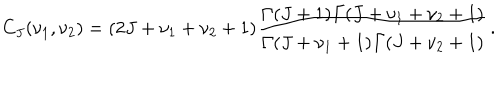
LaTeX: C _ { J } ( \nu _ { 1 } , \nu _ { 2 } ) = ( 2 J + \nu _ { 1 } + \nu _ { 2 } + 1 ) \frac { { \mit \Gamma } ( J + 1 ) { \mit \Gamma } ( J + \nu _ { 1 } + \nu _ { 2 } + 1 ) } { { \mit \Gamma } ( J + \nu _ { 1 } + 1 ) { \mit \Gamma } ( J + \nu _ { 2 } + 1 ) } \, .